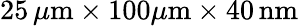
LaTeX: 25\, \mu\mathrm{m}\times 100\mu\mathrm{m}\times 40\, \mathrm{nm}